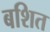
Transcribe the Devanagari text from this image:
बशित